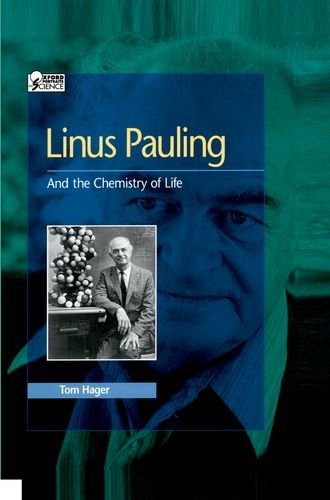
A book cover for Linus Pauling: And the Chemistry of Life (Oxford Portraits in Science); Tom Hager; Teen & Young Adult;